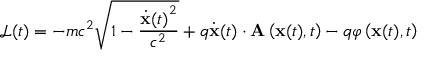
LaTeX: { \mathcal { L } } ( t ) = - m c ^ { 2 } { \sqrt { 1 - { \frac { { { \dot { \mathbf { x } } } ( t ) } ^ { 2 } } { c ^ { 2 } } } } } + q { \dot { \mathbf { x } } } ( t ) \cdot \mathbf { A } \left( \mathbf { x } ( t ) , t \right) - q \varphi \left( \mathbf { x } ( t ) , t \right)